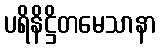
ပရိနိဋ္ဌိတမေသာနာ